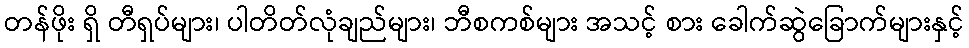
တန်ဖိုး ရှိ တီရှပ်များ၊ ပါတိတ်လုံချည်များ၊ ဘီစကစ်များ အသင့် စား ခေါက်ဆွဲခြောက်များနှင့်